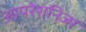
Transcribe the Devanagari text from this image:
आपरेशनिज्म